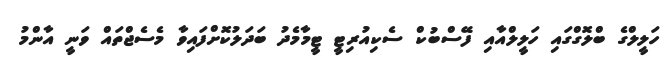
ހަލީލްގެ ބްލޮގްގައި ހަލީލްއާއި ފޭސްބުކް ސެކިއުރިޓީ ޓީމާމެދު ބަދަލުކޮށްފައިވާ މެސެޖްތައް ވަނީ އާންމު